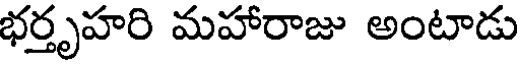
భర్తృహరి మహారాజు అంటాడు